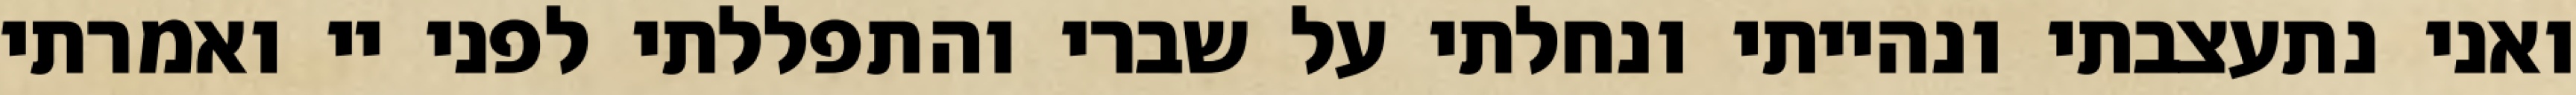
ואני נתעצבתי ונהייתי ונחלתי על שברי והתפללתי לפני יי ואמרתי